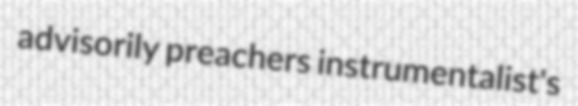
advisorily preachers instrumentalist's